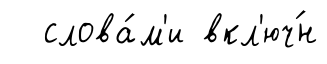
слова́м'и вкл'юч́н